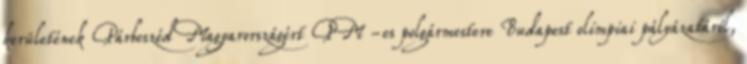
kerületének Párbeszéd Magyarországért PM -es polgármestere Budapest olimpiai pályázatáról,